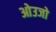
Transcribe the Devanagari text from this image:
ओउजो